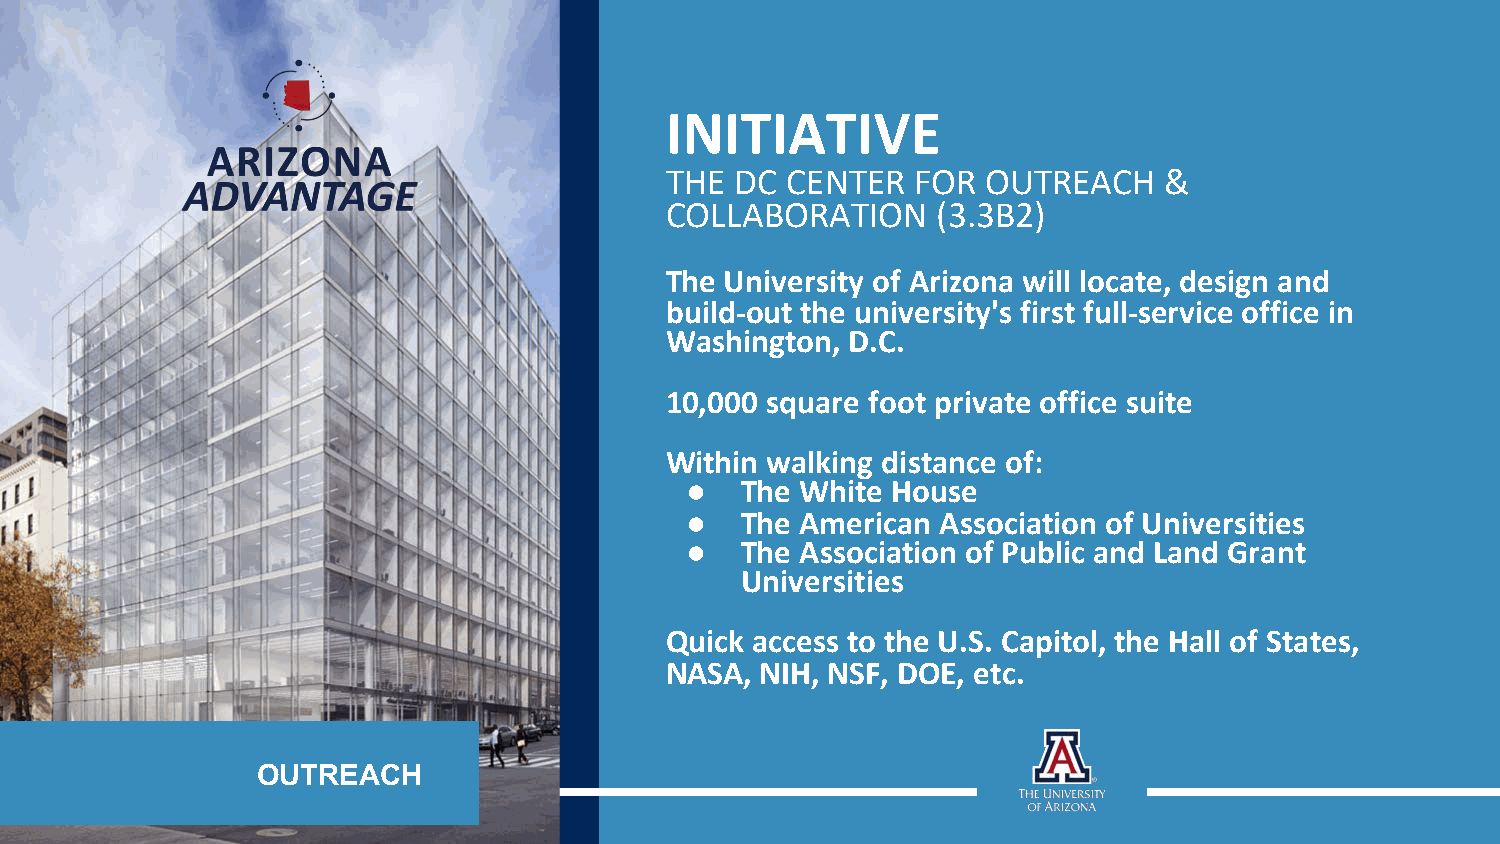
INITIATIVE
 THE  DC CENTER   FOR OUTREACH    &
 COLLABORATION     (3.3B2)
 The University of Arizona will locate, design and
 build-out the university's first full-service office in
 Washington, D.C.
 10,000 square foot private office suite
 Within walking distance of:
 ●   The White House
 ●   The American Association of Universities
 ●   The Association of Public and Land Grant
 Universities
 Quick access to the U.S. Capitol, the Hall of States,
 NASA, NIH, NSF, DOE, etc.
 OUTREACH